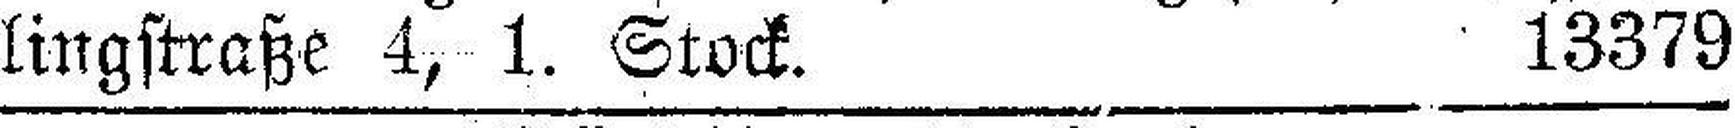
lingstraße 4, 1. Stock. 13379